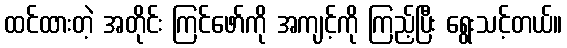
ထင်ထားတဲ့ အတိုင်း ကြင်ဖော်ကို အကျင့်ကို ကြည့်ပြီး ရွေးသင့်တယ်။